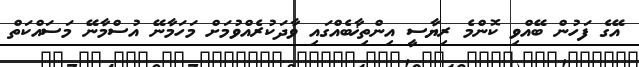
އޭގެ ފަހުން ބޭއްވި ކޮންމެ ރިޔާސީ އިންތިޚާބެއްގައި ވާދަކުރެއްވުމަށް މަހަމާނޭ އުސްމާނޭ މަސައްކަތް